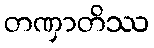
တဏှာတိဿ